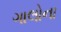
ગાલોના